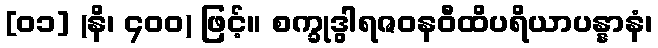
[၀၁] (နိ၊ ၄၀၀) ဖြင့်။ စက္ခုဒွါရဇဝနဝီထိပရိယာပန္နာနံ၊